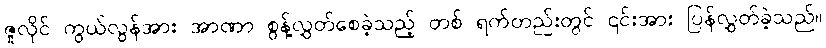
ဇူလိုင် ကွယ်လွန်အား အာဏာ စွန့်လွှတ်စေခဲ့သည့် တစ် ရက်တည်းတွင် ၎င်းအား ပြန်လွှတ်ခဲ့သည်။